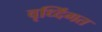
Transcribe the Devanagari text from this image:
वृध्दिंगत